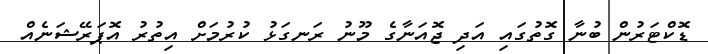
ޑޮކްޓަރުން ބުނާ ގޮތުގައި އަދި ޖޮއަނާގެ މޫނު ރަނގަޅު ކުރުމަށް އިތުރު އޮޕަރޭޝަނެއް